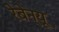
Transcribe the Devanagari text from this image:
रेबेन्यू